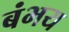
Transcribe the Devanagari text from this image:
बंभय